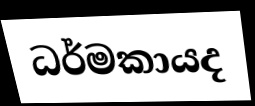
ධර්මකායද